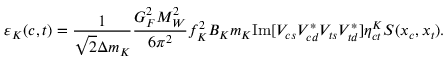
\varepsilon _ { K } ( c , t ) = \frac { 1 } { \sqrt { 2 } \Delta m _ { K } } \frac { G _ { F } ^ { 2 } M _ { W } ^ { 2 } } { 6 \pi ^ { 2 } } f _ { K } ^ { 2 } B _ { K } m _ { K } \mathrm { I m } [ V _ { c s } V _ { c d } ^ { * } V _ { t s } V _ { t d } ^ { * } ] \eta _ { c t } ^ { K } S ( x _ { c } , x _ { t } ) .